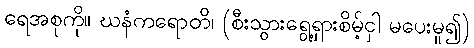
ရေအစုကို။ ဃနံကရောတိ၊ (စီးသွားရွေ့ရှားစိမ့်ငှါ မပေးမူ၍)